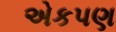
એકપણ